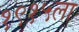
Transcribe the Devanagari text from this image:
१९१५ला